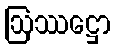
ဩဿဋ္ဌော